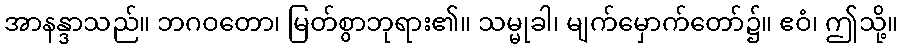
အာနန္ဒာသည်။ ဘဂဝတော၊ မြတ်စွာဘုရား၏။ သမ္မုခါ၊ မျက်မှောက်တော်၌။ ဧဝံ၊ ဤသို့။